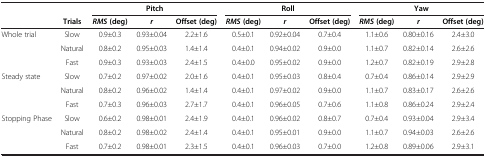
<table><thead><tr><td><b> </b></td><td><b> </b></td><td colspan="3"><b>Pitch</b></td><td colspan="3"><b>Roll</b></td><td colspan="3"><b>Yaw</b></td></tr><tr><td><b> </b></td><td><b>Trials</b></td><td><b><i>RMS </i>(deg)</b></td><td><b><i>r</i></b></td><td><b>Offset (deg)</b></td><td><b><i>RMS </i>(deg)</b></td><td><b><i>r</i></b></td><td><b>Offset (deg)</b></td><td><b><i>RMS </i>(deg)</b></td><td><b><i>r</i></b></td><td><b>Offset (deg)</b></td></tr></thead><tbody><tr><td>Whole trial</td><td>Slow</td><td>0.9±0.3</td><td>0.93±0.04</td><td>2.2±1.6</td><td>0.5±0.1</td><td>0.92±0.04</td><td>0.7±0.4</td><td>1.1±0.6</td><td>0.80±0.16</td><td>2.4±3.0</td></tr><tr><td> </td><td>Natural</td><td>0.8±0.2</td><td>0.95±0.03</td><td>1.4±1.4</td><td>0.4±0.1</td><td>0.94±0.02</td><td>0.9±0.0</td><td>1.1±0.7</td><td>0.82±0.14</td><td>2.6±2.6</td></tr><tr><td> </td><td>Fast</td><td>0.9±0.3</td><td>0.93±0.03</td><td>2.4±1.5</td><td>0.4±0.0</td><td>0.95±0.02</td><td>0.9±0.0</td><td>1.2±0.7</td><td>0.82±0.19</td><td>2.9±2.8</td></tr><tr><td>Steady state</td><td>Slow</td><td>0.7±0.2</td><td>0.97±0.02</td><td>2.0±1.6</td><td>0.4±0.1</td><td>0.95±0.03</td><td>0.8±0.4</td><td>0.7±0.4</td><td>0.86±0.14</td><td>2.9±2.9</td></tr><tr><td> </td><td>Natural</td><td>0.8±0.2</td><td>0.96±0.02</td><td>1.4±1.4</td><td>0.4±0.1</td><td>0.97±0.02</td><td>0.9±0.0</td><td>1.1±0.7</td><td>0.83±0.17</td><td>2.6±2.6</td></tr><tr><td> </td><td>Fast</td><td>0.7±0.3</td><td>0.96±0.03</td><td>2.7±1.7</td><td>0.4±0.1</td><td>0.96±0.05</td><td>0.7±0.6</td><td>1.1±0.8</td><td>0.86±0.24</td><td>2.9±2.4</td></tr><tr><td>Stopping Phase</td><td>Slow</td><td>0.6±0.2</td><td>0.98±0.01</td><td>2.4±1.9</td><td>0.4±0.1</td><td>0.96±0.02</td><td>0.8±0.7</td><td>0.7±0.4</td><td>0.93±0.04</td><td>2.9±3.4</td></tr><tr><td> </td><td>Natural</td><td>0.8±0.2</td><td>0.98±0.02</td><td>2.4±1.4</td><td>0.4±0.1</td><td>0.95±0.01</td><td>0.9±0.0</td><td>1.1±0.7</td><td>0.94±0.03</td><td>2.6±2.6</td></tr><tr><td> </td><td>Fast</td><td>0.7±0.2</td><td>0.98±0.01</td><td>2.3±1.5</td><td>0.4±0.1</td><td>0.96±0.03</td><td>0.7±0.0</td><td>1.2±0.8</td><td>0.89±0.06</td><td>2.9±3.1</td></tr></tbody></table>